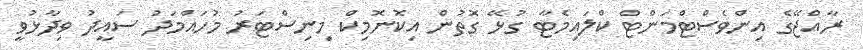
ރާއްޖޭގެ އިންވެސްޓްމަންޓް ކްލައިމެޓާ ގުޅޭ ގޮތުން އިކޮނޮމިކް މިނިސްޓަރު މުހައްމަދު ސައީދު ވިދާޅުވީ